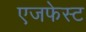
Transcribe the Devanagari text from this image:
एजफेस्ट